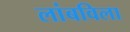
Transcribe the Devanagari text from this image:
लांबविला